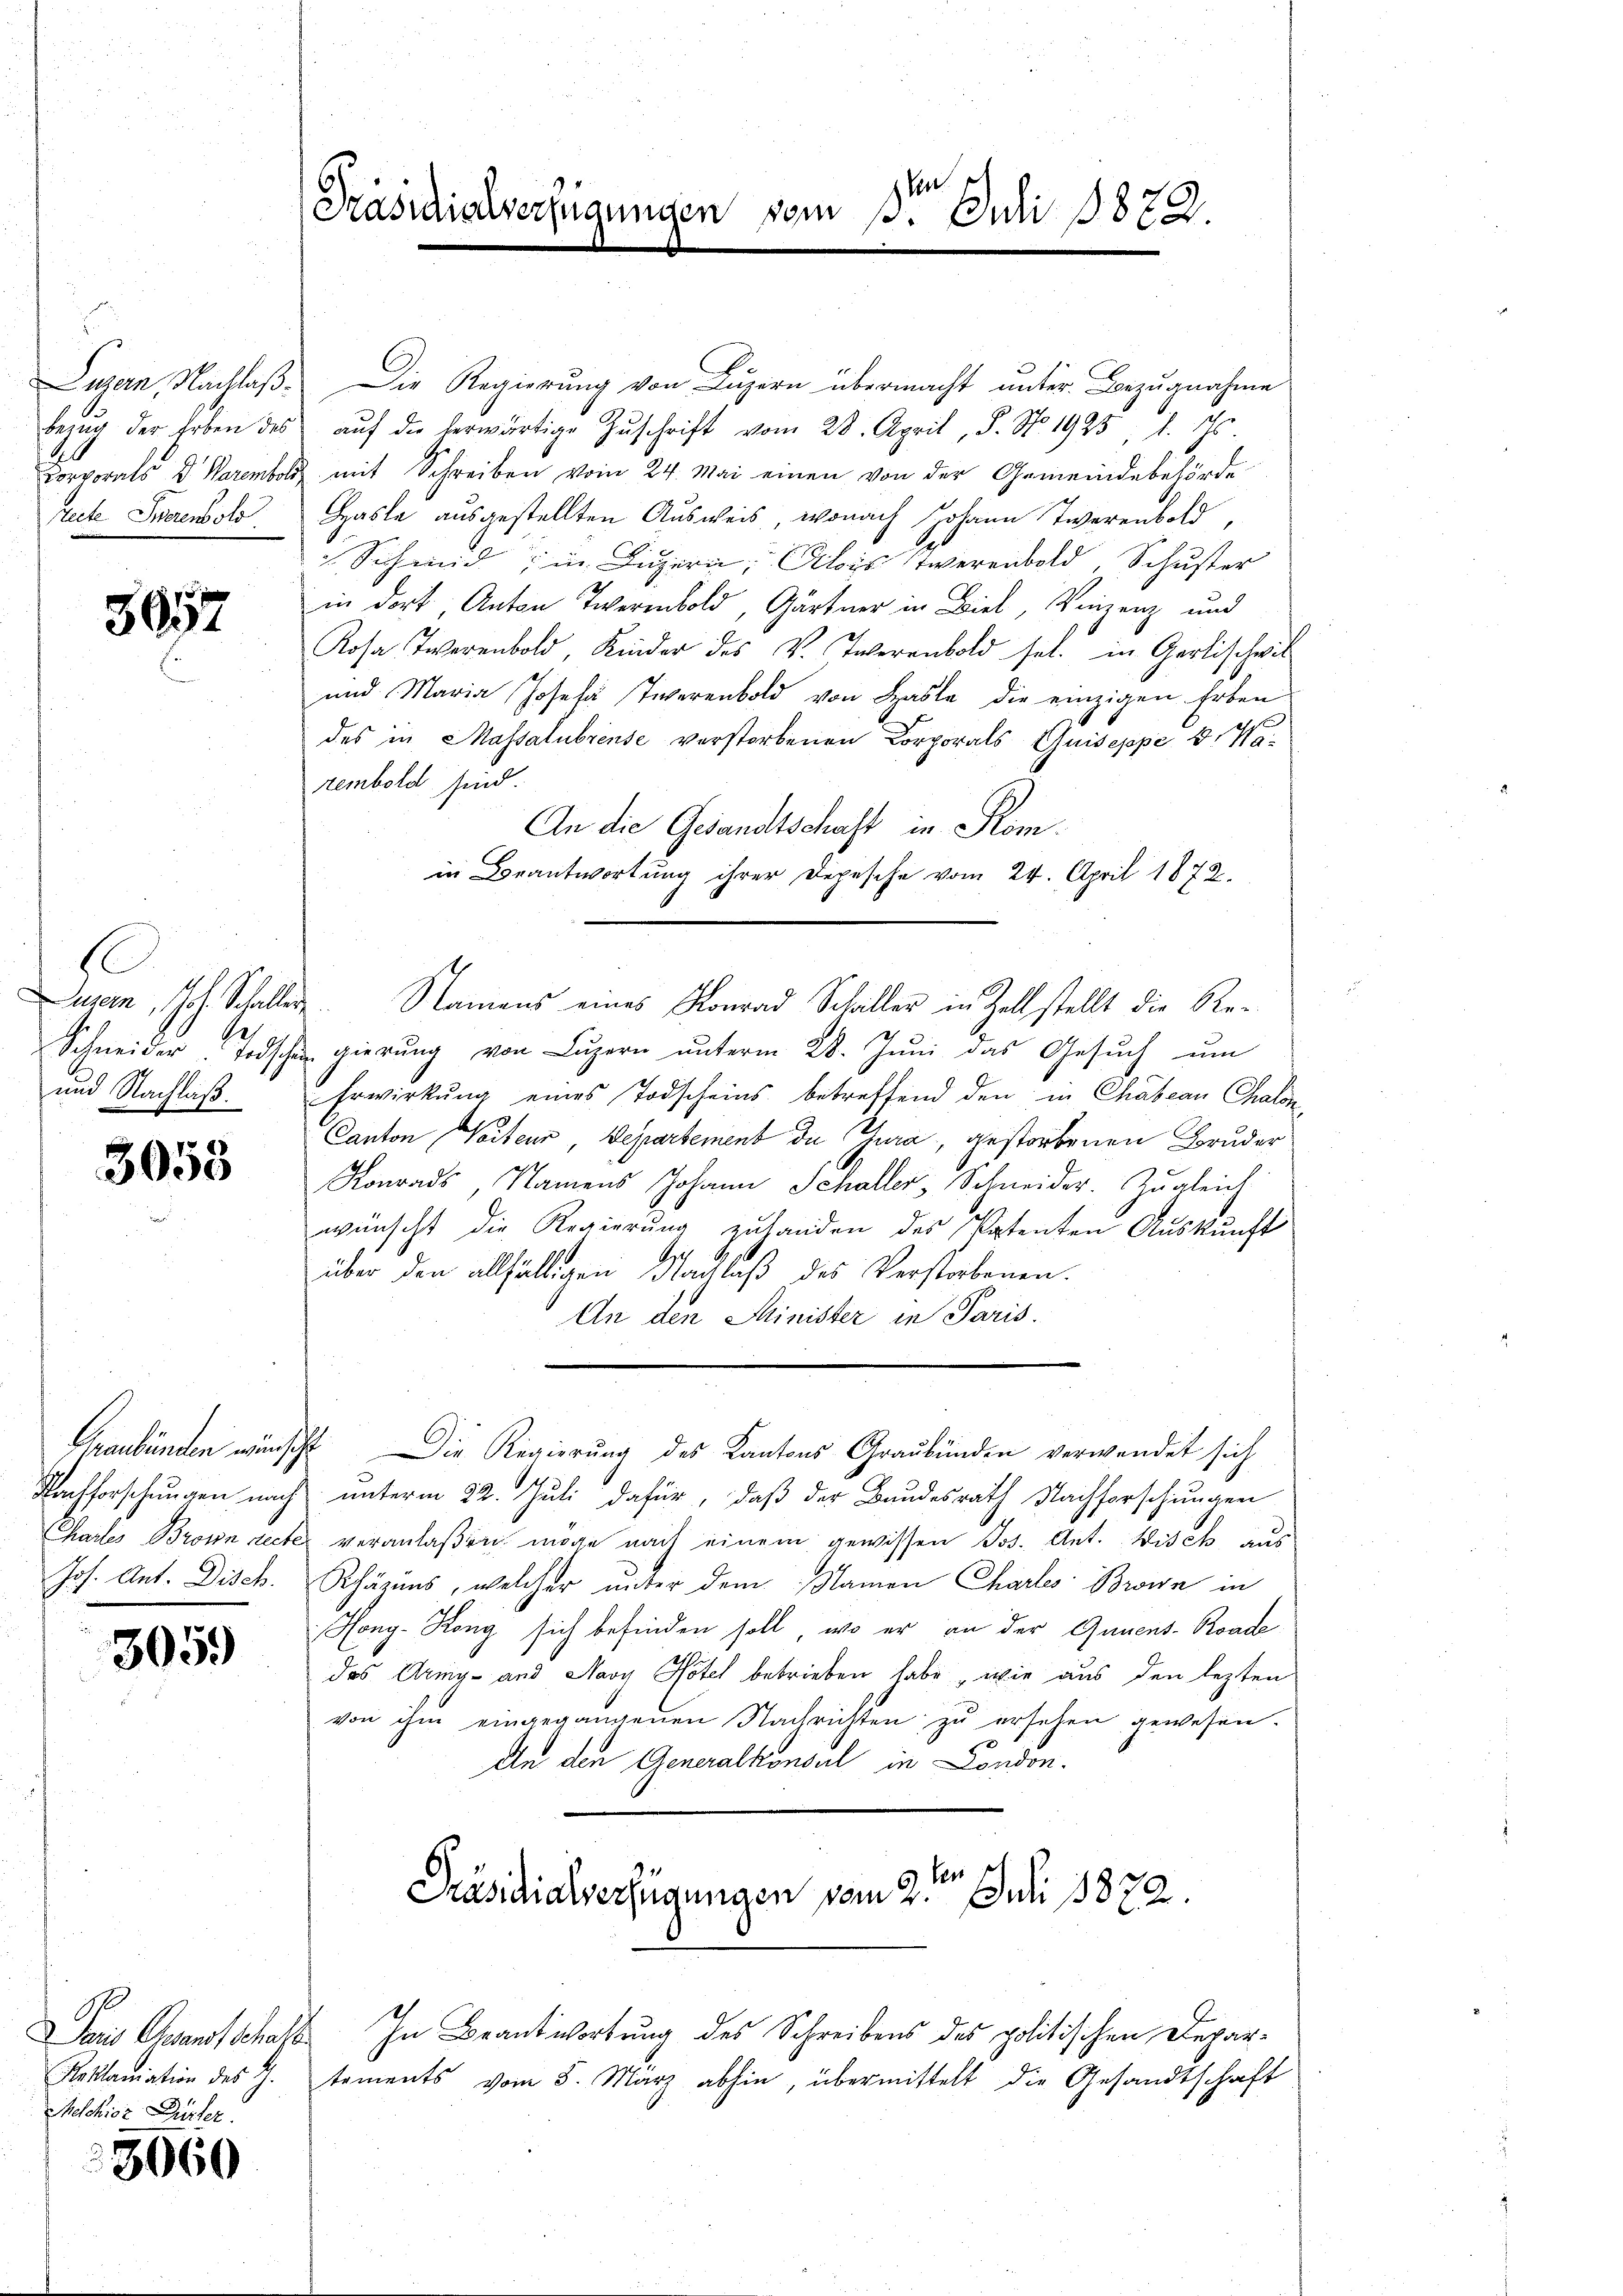
Seite Serenbol

3057

s
user, Joh. Schaller
Ges

3058

3059

Daus Gesandtschaft
Reklamation des J.
Melchior Dürler

3060

Luzern, Nachlaß. Die Regierung von Luzern übermacht unter Bezugnahme
Bezŭg der Erben des aŭf die herwärtige Zŭschrift vom 28. April, P. No. 1925 f. 4
Corporats v. Warenbold mit Schreiben vom 24. Mai einen von der Gemeindebehörde-
Hasle ausgestellten Ausweis, wonach Johann Twerenbold,
Schmid, in Luzern, Alois Twerenbold, Schuster
in dort Anton Tieren, Gärtner in Biel, Vinzenz und
Rosa Twerenbold, Kinder des V. Inerenbold sel. in Gertischwil
und Maria Josef Twerenbold von Hasle die einzigen Erben
des in Massalubreuse verstorbenen Korporals Guiseppe 3. Ma
rembold sind.
An die Gesandtschaft in Rom.
in Beantwortung ihrer Depesche vom 24. April 1872.
Namens eines Konrad Schaller in Zell stellt die Re¬
Schneider Todschen gierŭng von Lŭzern ŭnterm 28. Juni das Gesuch um
und Nachlaβ. Erwirkŭng eines Todscheins betreffend den in Chabean Chalen
Canton (Vorteur, Departement de Jura, gestorbenen Bruder
Konrads, Namens Johann Schaller, Schneider. Zugleich
wünscht die Regierung zuhanden des Patenten Auskunft
über den allfälligen Nachlaβ des Verstorbenen.
An den Minister in Paris.
Graubünden wünscht. Die Regierung des Kantons Graubünden verwendet sich
Nachforschungen nach unterm 22. Juli dafür, daß der Bundesrath Nachforschungen
Chartes Brown recte veranlaßen möge nach einem gewissen Jos. Ant. Wisch aus
Jos. Ant. Disch. Rhäzins, welcher unter dem Namen Chartes Brown in
ong-Köng sich befinden soll, wo er an der Queens-Roade
das Arig- und Navy Notel betrieben habe , wie aus den lezten
von ihm eingegangenen Nachrichten zu ersehen gewesen.
An den Generalkonsul in London.
ben
Präsidialverfügungen vom 2. Juli 1872.

Ven
Präsidialverfügungen vom 15.
Juli 1822.

In Beantwortung des Schreibens des politischen Departements vom 5. März abhin, übermittelt die Gesandtschaft